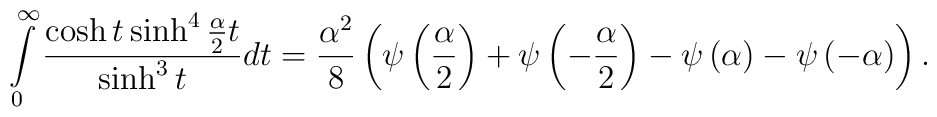
\int\limits_{0}^{\infty }\frac{\cosh t\sinh ^{4}\frac{\alpha }{2}t}{\sinh^{3}t}dt=\frac{\alpha ^{2}}{8}\left( \psi \left( \frac{\alpha }{2}\right)+\psi \left( -\frac{\alpha }{2}\right) -\psi \left( \alpha \right) -\psi\left( -\alpha \right) \right) .